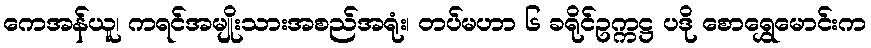
ကေအန်ယူ၊ ကရင်အမျိုးသားအစည်အရုံး၊ တပ်မဟာ ၆ ခရိုင်ဥက္ကဋ္ဌ ပဒို စောရွှေမောင်းက